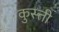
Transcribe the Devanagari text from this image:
कुस्त्ती